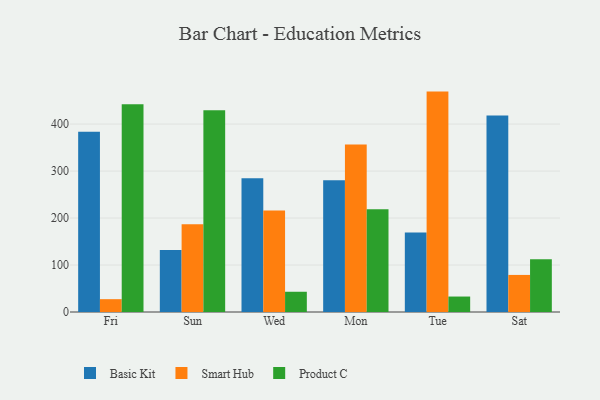
{"axis": {"x": "Day", "y": "Bounce Rate (%)"}, "legend": ["Basic Kit", "Product C", "Smart Hub"], "data": [{"x": "Fri", "y": 383.5, "type": "Basic Kit"}, {"x": "Fri", "y": 27.3, "type": "Smart Hub"}, {"x": "Fri", "y": 442.4, "type": "Product C"}, {"x": "Sun", "y": 131.7, "type": "Basic Kit"}, {"x": "Sun", "y": 186.8, "type": "Smart Hub"}, {"x": "Sun", "y": 429.6, "type": "Product C"}, {"x": "Wed", "y": 284.6, "type": "Basic Kit"}, {"x": "Wed", "y": 215.8, "type": "Smart Hub"}, {"x": "Wed", "y": 43.1, "type": "Product C"}, {"x": "Mon", "y": 280.2, "type": "Basic Kit"}, {"x": "Mon", "y": 356.6, "type": "Smart Hub"}, {"x": "Mon", "y": 218.8, "type": "Product C"}, {"x": "Tue", "y": 169.2, "type": "Basic Kit"}, {"x": "Tue", "y": 469.1, "type": "Smart Hub"}, {"x": "Tue", "y": 32.9, "type": "Product C"}, {"x": "Sat", "y": 418.2, "type": "Basic Kit"}, {"x": "Sat", "y": 78.9, "type": "Smart Hub"}, {"x": "Sat", "y": 112.5, "type": "Product C"}]}